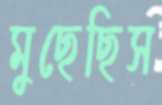
মুছেছিস